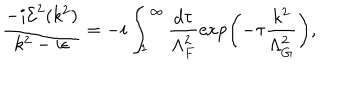
\frac { - i { \cal E } ^ { 2 } ( k ^ { 2 } ) } { k ^ { 2 } - i \epsilon } = - i \int _ { 1 } ^ { \infty } \frac { d \tau } { \Lambda _ { F } ^ { 2 } } \exp \biggl ( - \tau \frac { k ^ { 2 } } { \Lambda _ { G } ^ { 2 } } \biggr ) ,